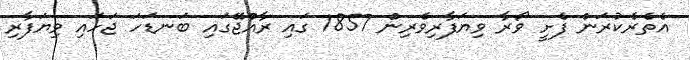
އެތެރެކުރަން ފެށީ ވޯރާ ވިޔަފާރިވެރިން 1857 ގައި ރާއްޖޭގައި ބަނޑަހަ ޖަހައި ވިޔަފާރި